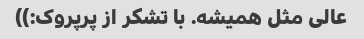
عالی مثل همیشه. با تشکر از پرپروک:))